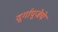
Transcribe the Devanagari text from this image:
दुर्गापूजेचे